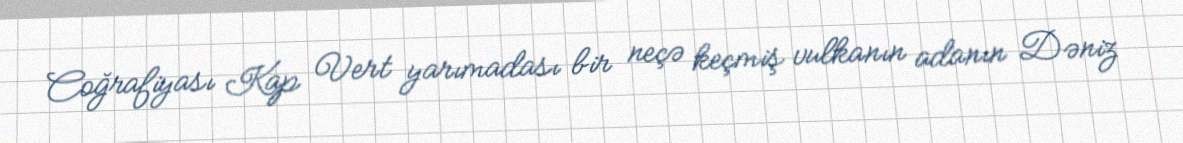
Coğrafiyası Kap Vert yarımadası bir neçə keçmiş vulkanın adanın Dəniz